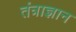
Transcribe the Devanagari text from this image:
तंत्राज्ञान